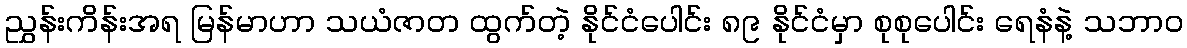
ညွှန်းကိန်းအရ မြန်မာဟာ သယံဇာတ ထွက်တဲ့ နိုင်ငံပေါင်း ၈၉ နိုင်ငံမှာ စုစုပေါင်း ရေနံနဲ့ သဘာဝ